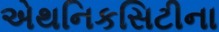
એથનિકસિટીના